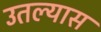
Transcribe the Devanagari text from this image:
उतल्यास